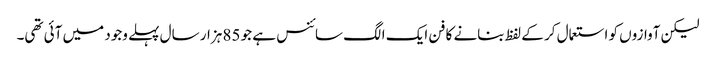
لیکن آوازوں کو استعمال کر کے لفظ بنانے کا فن ایک الگ سائنس ہے جو 85 ہزار سال پہلے وجود میں آئی تھی۔